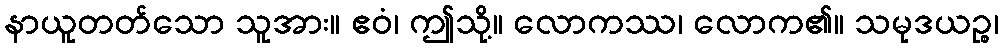
နာယူတတ်သော သူအား။ ဧဝံ၊ ဤသို့။ လောကဿ၊ လောက၏။ သမုဒယဉ္စ၊